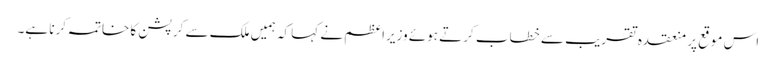
اس موقع پر منعقدہ تقریب سے خطاب کرتے ہوئے وزیراعظم نے کہا کہ ہمیں ملک سے کرپشن کا خاتمہ کرنا ہے۔